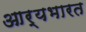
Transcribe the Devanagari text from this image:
आर्यभारत